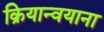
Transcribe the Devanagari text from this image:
क्रियान्वयाना